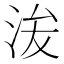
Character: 𱦘